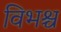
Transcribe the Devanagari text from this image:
विभश्च